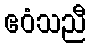
ဧဝံသညီ